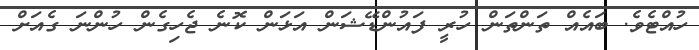
ހުއްޓެވެ. ބައެއް ތަންތަން ހުރީ ފައުންޑޭޝަން އަޅަން ކޮނެ ޖެހިގެން ހުންނަ ގެއަށް